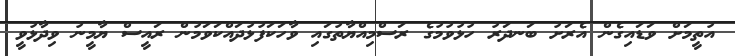
އުތީމަށް ވަޑައިގެން އެރަށު ބަނދަރު ހުޅުވުމުގެ ރަސްމިއްޔާތުގައި ވާހަކަފުޅުދައްކަވަމުން ރައީސް ޔާމީނު ވިދާޅުވީ